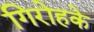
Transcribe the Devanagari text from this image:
गिरोहके